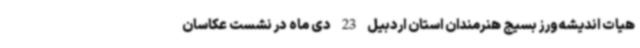
هیات اندیشه‌ورز بسیج هنرمندان استان اردبیل 23 دی ماه در نشست عکاسان